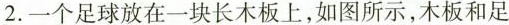
2. 一个足球放在一块长木板上，如图所示，木板和足